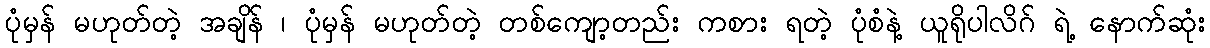
ပုံမှန် မဟုတ်တဲ့ အချိန် ၊ ပုံမှန် မဟုတ်တဲ့ တစ်ကျော့တည်း ကစား ရတဲ့ ပုံစံနဲ့ ယူရိုပါလိဂ် ရဲ့ နောက်ဆုံး